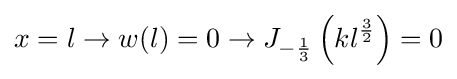
x=l\rightarrow w(l)=0\rightarrow J_{-{\frac {1}{3}}}\left(kl^{\frac {3}{2}}\right)=0